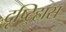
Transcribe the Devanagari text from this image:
दृष्ट्ह्रािस